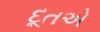
દૂતએ